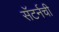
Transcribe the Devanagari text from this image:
सॅटर्नची